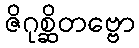
ဇိဂုစ္ဆိတဗ္ဗော